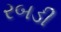
રબડી